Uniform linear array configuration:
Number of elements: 4
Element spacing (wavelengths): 0.75
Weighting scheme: uniform
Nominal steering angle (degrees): -60
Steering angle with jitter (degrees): -61.459
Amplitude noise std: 0.05
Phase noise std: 0.05

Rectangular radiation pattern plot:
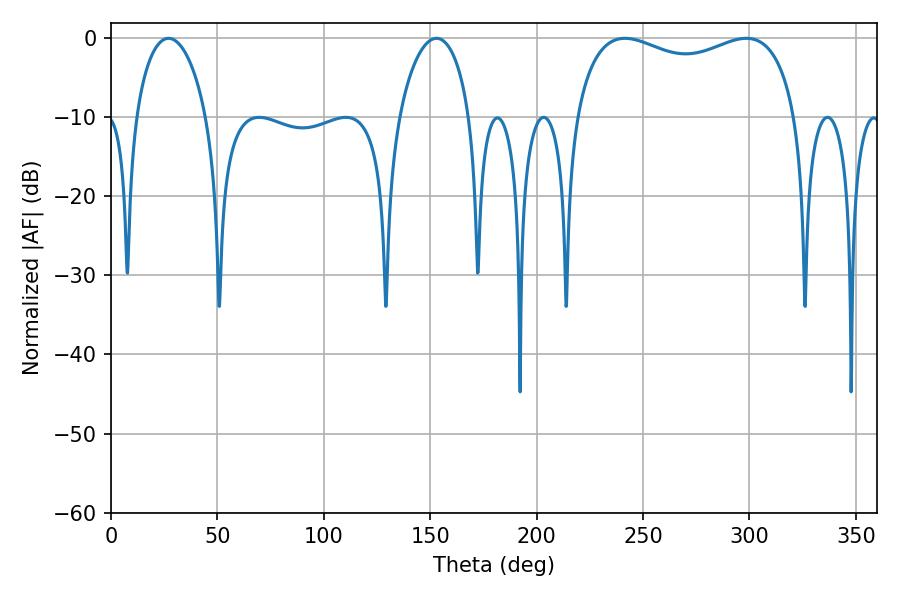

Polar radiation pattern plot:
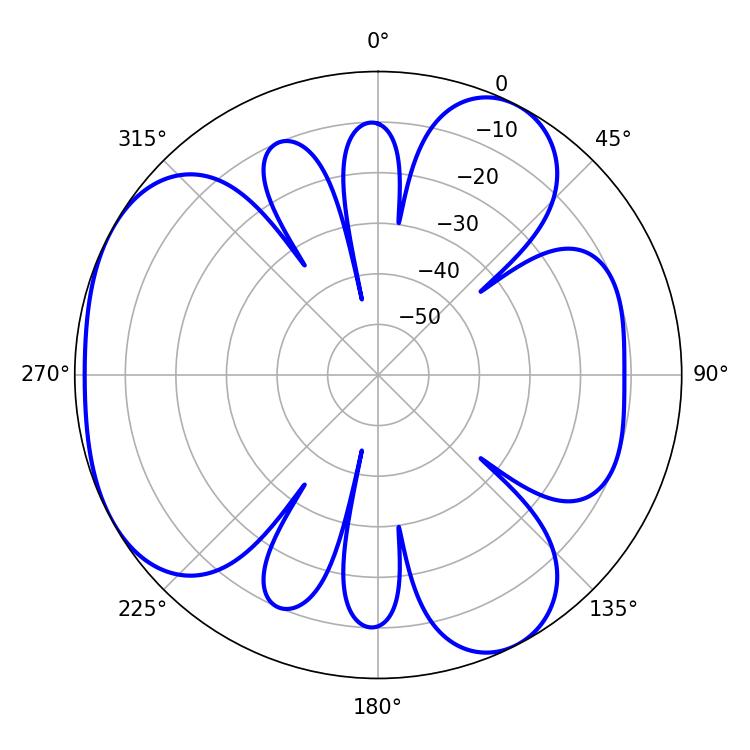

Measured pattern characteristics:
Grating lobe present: TRUE
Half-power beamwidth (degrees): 86.04
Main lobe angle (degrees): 298.44